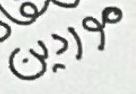
موردين